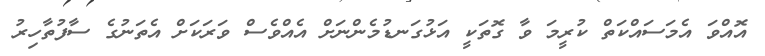
އޮއްވަ އެމަސައްކަތް ކުރީމަ ވާ ގޮތަކީ އަޅުގަނޑުމެންނަށް އެއްވެސް ވަރަކަށް އެތަނުގެ ސާފުތާހިރު